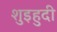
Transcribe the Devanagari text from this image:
शुइहुदी